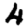
Digit: 4